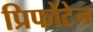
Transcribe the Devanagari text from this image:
प्रिफोंटेन